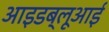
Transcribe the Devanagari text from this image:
आइडब्लूआई